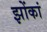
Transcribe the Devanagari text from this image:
झोंकां